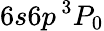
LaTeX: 6s6p\, ^{3}P_{0}